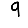
Digit: 9